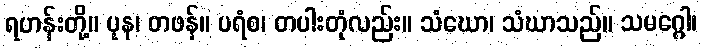
ရဟန်းတို့။ ပုန၊ တဖန်။ ပရံစ၊ တပါးတုံလည်း။ သံဃော၊ သံဃာသည်။ သမဂ္ဂေါ၊